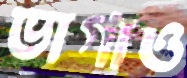
ভাগাও